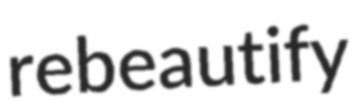
rebeautify